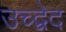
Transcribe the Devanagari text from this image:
उच्द्वेद